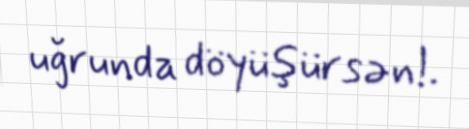
uğrunda döyüşürsən!.